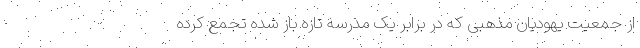
از جمعیت یهودیان مذهبی که در برابر یک مدرسه تازه باز شده تجمع کرده